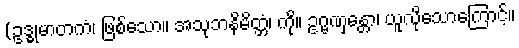
(ဥဒ္ဓုမာတကံ၊ ဖြစ်သော။ အသုဘနိမိတ္တံ၊ ကို။ ဥဂ္ဗဏှန္တော၊ ယူလိုသောကြောင့်။